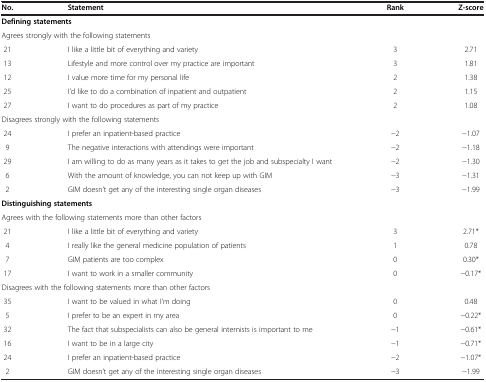
<table><thead><tr><td><b>No.</b></td><td><b>Statement</b></td><td><b>Rank</b></td><td><b>Z-score</b></td></tr></thead><tbody><tr><td colspan="4"><b>Defining statements</b></td></tr><tr><td colspan="4">Agrees strongly with the following statements</td></tr><tr><td>21</td><td>I like a little bit of everything and variety</td><td>3</td><td>2.71</td></tr><tr><td>13</td><td>Lifestyle and more control over my practice are important</td><td>3</td><td>1.81</td></tr><tr><td>12</td><td>I value more time for my personal life</td><td>2</td><td>1.38</td></tr><tr><td>25</td><td>I’d like to do a combination of inpatient and outpatient</td><td>2</td><td>1.15</td></tr><tr><td>27</td><td>I want to do procedures as part of my practice</td><td>2</td><td>1.08</td></tr><tr><td colspan="4">Disagrees strongly with the following statements</td></tr><tr><td>24</td><td>I prefer an inpatient-based practice</td><td>-2</td><td>-1.07</td></tr><tr><td>9</td><td>The negative interactions with attendings were important</td><td>-2</td><td>-1.18</td></tr><tr><td>29</td><td>I am willing to do as many years as it takes to get the job and subspecialty I want</td><td>-2</td><td>-1.30</td></tr><tr><td>6</td><td>With the amount of knowledge, you can not keep up with GIM</td><td>-3</td><td>-1.31</td></tr><tr><td>2</td><td>GIM doesn’t get any of the interesting single organ diseases</td><td>-3</td><td>-1.99</td></tr><tr><td colspan="4"><b>Distinguishing statements</b></td></tr><tr><td colspan="4">Agrees with the following statements more than other factors</td></tr><tr><td>21</td><td>I like a little bit of everything and variety</td><td>3</td><td>2.71*</td></tr><tr><td>4</td><td>I really like the general medicine population of patients</td><td>1</td><td>0.78</td></tr><tr><td>7</td><td>GIM patients are too complex</td><td>0</td><td>0.30*</td></tr><tr><td>17</td><td>I want to work in a smaller community</td><td>0</td><td>-0.17*</td></tr><tr><td colspan="4">Disagrees with the following statements more than other factors</td></tr><tr><td>35</td><td>I want to be valued in what I’m doing</td><td>0</td><td>0.48</td></tr><tr><td>5</td><td>I prefer to be an expert in my area</td><td>0</td><td>-0.22*</td></tr><tr><td>32</td><td>The fact that subspecialists can also be general internists is important to me</td><td>-1</td><td>-0.61*</td></tr><tr><td>16</td><td>I want to be in a large city</td><td>-1</td><td>-0.71*</td></tr><tr><td>24</td><td>I prefer an inpatient-based practice</td><td>-2</td><td>-1.07*</td></tr><tr><td>2</td><td>GIM doesn’t get any of the interesting single organ diseases</td><td>-3</td><td>-1.99</td></tr></tbody></table>